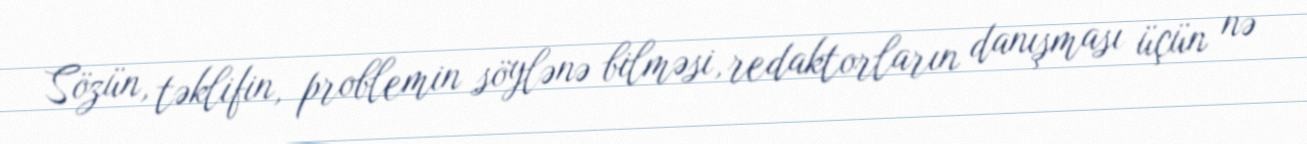
Sözün, təklifin, problemin söylənə bilməsi, redaktorların danışması üçün nə